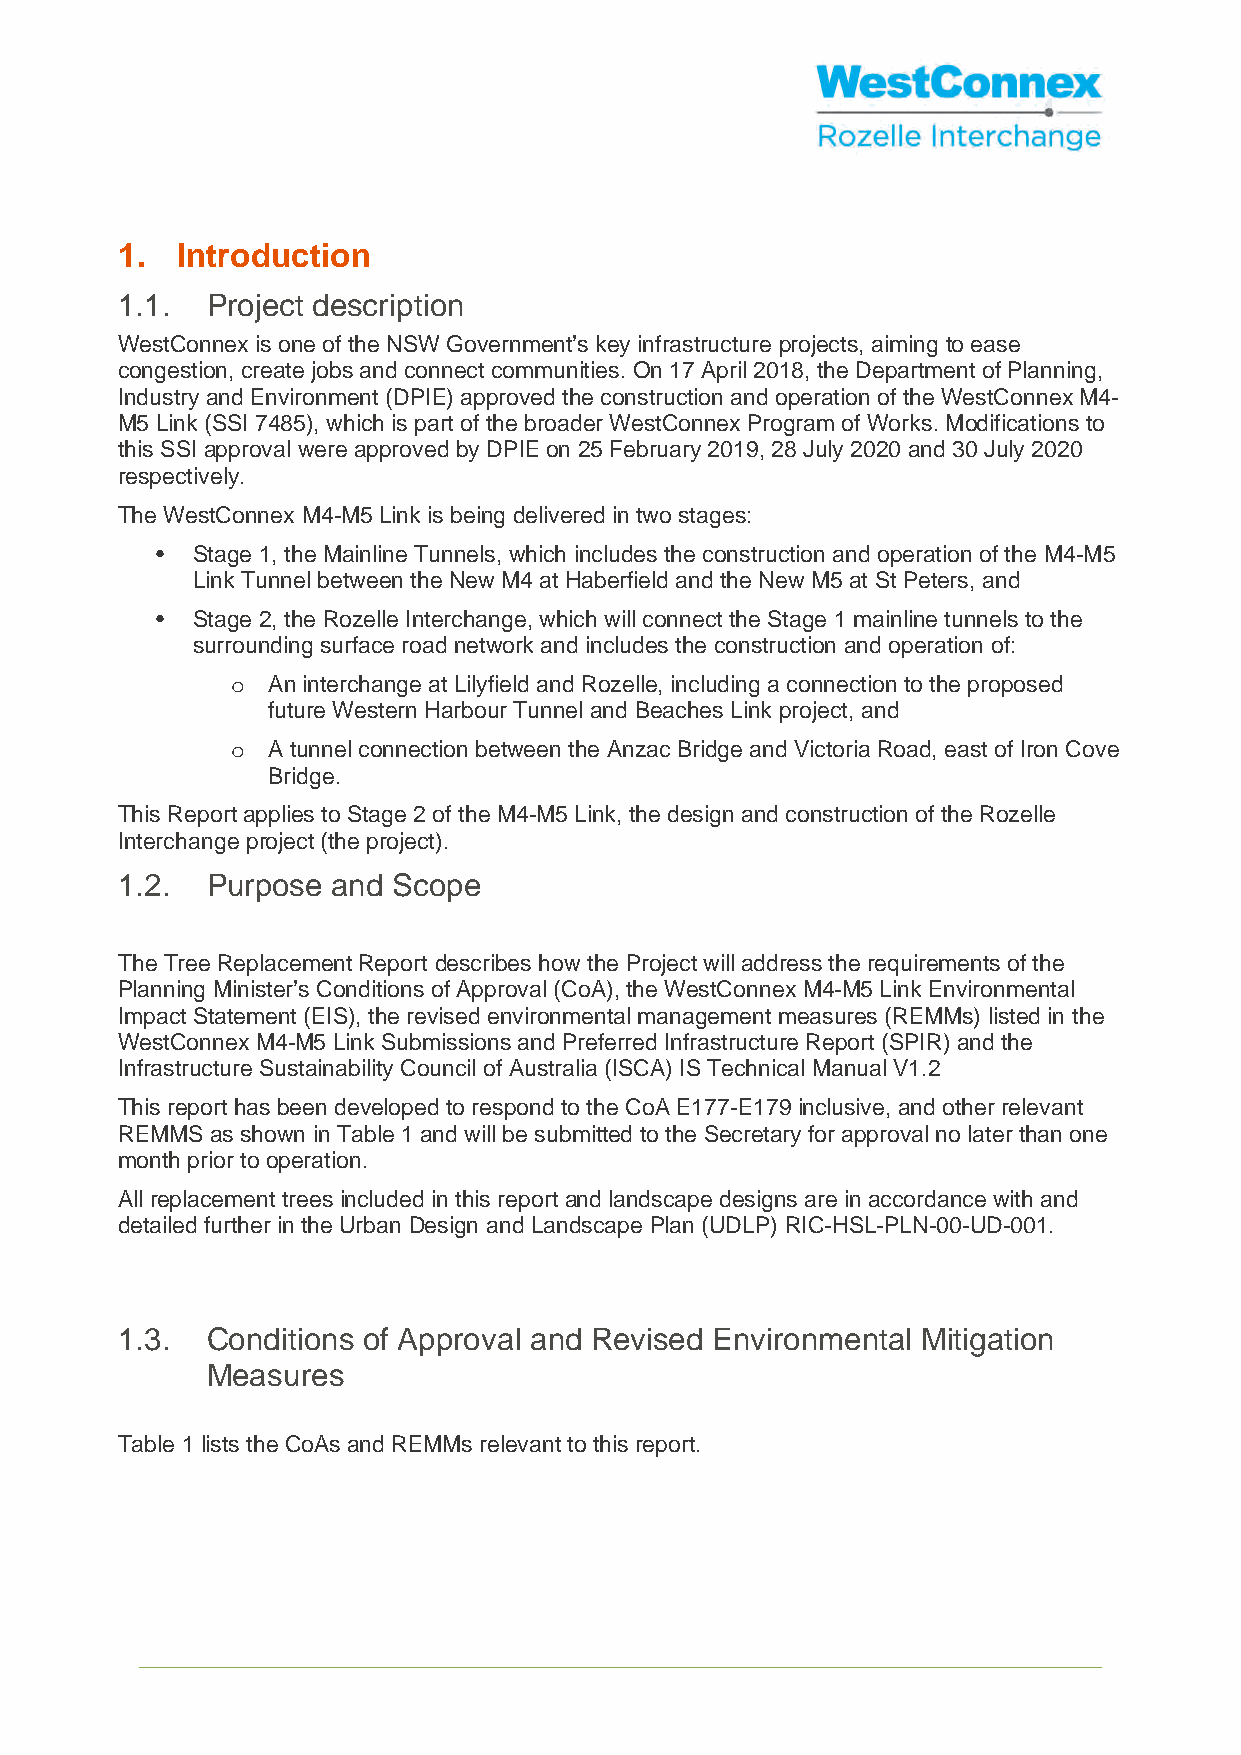
1.  Introduction
 1.1.  Project description
 WestConnex is one of the NSW Government’s key infrastructure projects, aiming to ease
 congestion, create jobs and connect communities. On 17 April 2018, the Department of Planning,
 Industry and Environment (DPIE) approved the construction and operation of the WestConnex M4-
 M5 Link (SSI 7485), which is part of the broader WestConnex Program of Works. Modifications to
 this SSI approval were approved by DPIE on 25 February 2019, 28 July 2020 and 30 July 2020
 respectively.
 The WestConnex M4-M5 Link is being delivered in two stages:
 •  Stage 1, the Mainline Tunnels, which includes the construction and operation of the M4-M5
 Link Tunnel between the New M4 at Haberfield and the New M5 at St Peters, and
 •  Stage 2, the Rozelle Interchange, which will connect the Stage 1 mainline tunnels to the
 surrounding surface road network and includes the construction and operation of:
 An interchange at Lilyfield and Rozelle, including a connection to the proposed
 o
 future Western Harbour Tunnel and Beaches Link project, and
 A tunnel connection between the Anzac Bridge and Victoria Road, east of Iron Cove
 o
 Bridge.
 This Report applies to Stage 2 of the M4-M5 Link, the design and construction of the Rozelle
 Interchange project (the project).
 1.2.  Purpose and Scope
 The Tree Replacement Report describes how the Project will address the requirements of the
 Planning Minister’s Conditions of Approval (CoA), the WestConnex M4-M5 Link Environmental
 Impact Statement (EIS), the revised environmental management measures (REMMs) listed in the
 WestConnex M4-M5 Link Submissions and Preferred Infrastructure Report (SPIR) and the
 Infrastructure Sustainability Council of Australia (ISCA) IS Technical Manual V1.2
 This report has been developed to respond to the CoA E177-E179 inclusive, and other relevant
 REMMS as shown in Table 1 and will be submitted to the Secretary for approval no later than one
 month prior to operation.
 All replacement trees included in this report and landscape designs are in accordance with and
 detailed further in the Urban Design and Landscape Plan (UDLP) RIC-HSL-PLN-00-UD-001.
 1.3.  Conditions of Approval and Revised Environmental Mitigation
 Measures
 Table 1 lists the CoAs and REMMs relevant to this report.